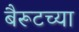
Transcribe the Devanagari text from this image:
बैरूटच्या